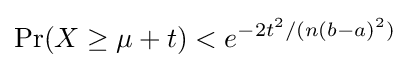
\Pr(X\geq \mu +t)<e^{-2t^{2}/(n(b-a)^{2})}